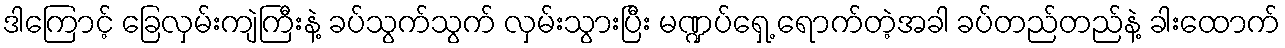
ဒါကြောင့် ခြေလှမ်းကျဲကြီးနဲ့ ခပ်သွက်သွက် လှမ်းသွားပြီး မဏ္ဍပ်ရှေ့ ရောက်တဲ့အခါ ခပ်တည်တည်နဲ့ ခါးထောက်